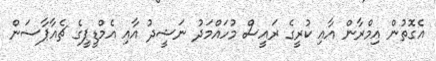
އެގޮތުން އިމްރާން އާއި ކުރީގެ ރައީސް މުހައްމަދު ނަޝީދު އާއި އެމްޑީޕީގެ ޗެއާޕާސަން